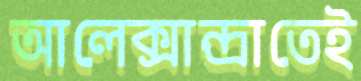
আলেক্সান্দ্রাতেই